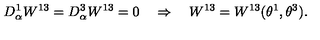
D _ { \alpha } ^ { 1 } W ^ { 1 3 } = D _ { \alpha } ^ { 3 } W ^ { 1 3 } = 0 \quad \Rightarrow \quad W ^ { 1 3 } = W ^ { 1 3 } ( \theta ^ { 1 } , \theta ^ { 3 } ) .